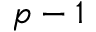
p - 1